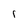
Character: l